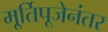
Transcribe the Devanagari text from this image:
मू्र्तिपूजेनंतर